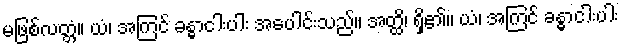
မဖြစ်လတ္တံ့။ ယံ၊ အကြင် ခန္ဓာငါးပါး အပေါင်းသည်။ အတ္ထိ၊ ရှိ၏။ ယံ၊ အကြင် ခန္ဓာငါးပါး